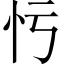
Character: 𢗃